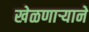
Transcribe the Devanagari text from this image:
खेळणार्‍याने